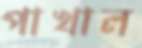
পাখাল